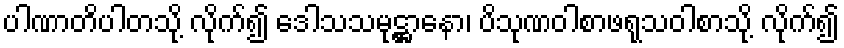
ပါဏာတိပါတသို့ လိုက်၍ ဒေါသသမုဋ္ဌာနော၊ ပိသုဏဝါစာဖရုသဝါစာသို့ လိုက်၍